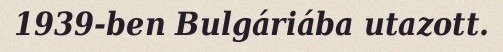
1939-ben Bulgáriába utazott.